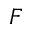
F